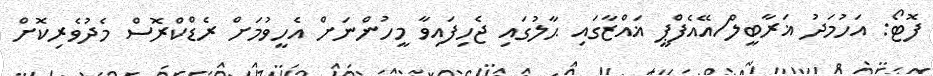
ފޮޓޯ: އަހުމަދު ޣަރާބީލް/އޭއެފްޕީ ޣައްޒާގައި ޙާލުގައި ޖެހިފައިވާ މީހުންނަށް އެހީވުމަށް ރެޑްކްރޮސް މެދުވެރިކޮށް